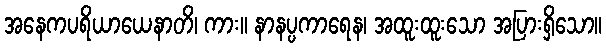
အနေကပရိယာယေနာတိ၊ ကား။ နာနပ္ပကာရေန၊ အထူးထူးသော အပြားရှိသော။